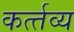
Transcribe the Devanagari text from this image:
कर्त्‍तव्‍य